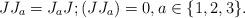
LaTeX: \begin{align*}JJ_{a}=J_{a}J;{(JJ_{a})}=0,a\in \{1,2,3\}.\end{align*}